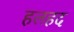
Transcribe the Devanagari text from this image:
हलहद